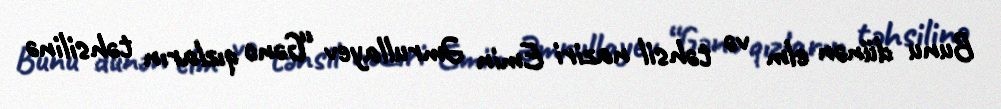
Bunu dünən elm və təhsil naziri Emin Əmrullayev “Gənc qızların təhsilinə